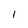
Character: l